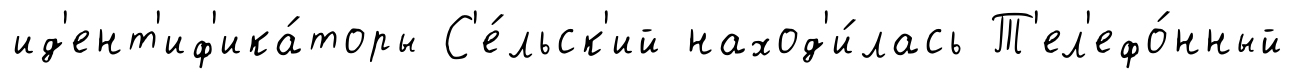
ид'ент'иф'ика́торы С'е́льск'ий наход'и́лась Т'ел'ефо́нный